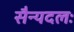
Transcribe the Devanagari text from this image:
सैन्यदलः